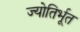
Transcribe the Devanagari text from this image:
ज्योतिर्भूत